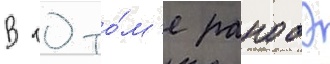
В 10 то́м'е ранобэ